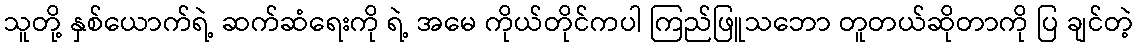
သူတို့ နှစ်ယောက်ရဲ့ ဆက်ဆံရေးကို ရဲ့ အမေ ကိုယ်တိုင်ကပါ ကြည်ဖြူသဘော တူတယ်ဆိုတာကို ပြ ချင်တဲ့